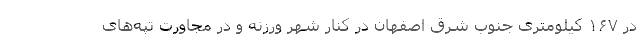
در ۱۶۷ کیلومتری جنوب شرق اصفهان در کنار شهر ورزنه و در مجاورت تپه‌های